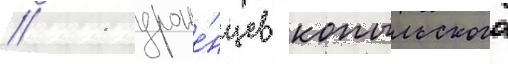
// 11 уроже́нцев копыльского